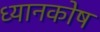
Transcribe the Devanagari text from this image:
ध्यानकोष